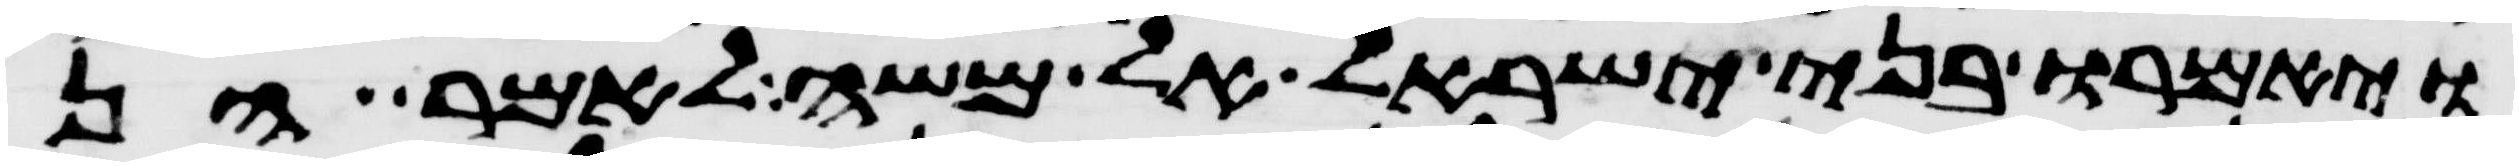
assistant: ויאמרו בני ישראל אל משה לאמר הן